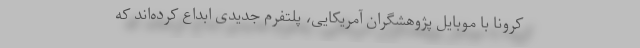
کرونا با موبایل پژوهشگران آمریکایی، پلتفرم جدیدی ابداع کرده‌اند که